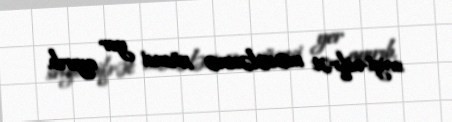
sevgi-nifrət məsələsinə xüsusi yer ayırıb.